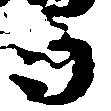
与